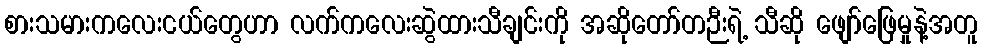
စားသမားကလေးငယ်တွေဟာ လက်ကလေးဆွဲထားသီချင်းကို အဆိုတော်တဉီးရဲ့ သီဆို ဖျော်ဖြေမှုနဲ့အတူ